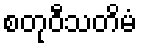
စတုဝီသတိမံ